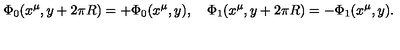
\Phi _ { 0 } ( x ^ { \mu } , y + 2 \pi R ) = + \Phi _ { 0 } ( x ^ { \mu } , y ) , \quad \Phi _ { 1 } ( x ^ { \mu } , y + 2 \pi R ) = - \Phi _ { 1 } ( x ^ { \mu } , y ) .